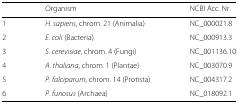
<table><thead><tr><td></td><td><b>Organism</b></td><td><b>NCBI Acc. Nr.</b></td></tr></thead><tbody><tr><td>1</td><td><i>H. sapiens</i>, chrom. 21 (Animalia)</td><td>NC_000021.8</td></tr><tr><td>2</td><td><i>E. coli</i> (Bacteria)</td><td>NC_000913.3</td></tr><tr><td>3</td><td><i>S. cerevisiae</i>, chrom. 4 (Fungi)</td><td>NC_001136.10</td></tr><tr><td>4</td><td><i>A. thaliana</i>, chrom. 1 (Plantae)</td><td>NC_003070.9</td></tr><tr><td>5</td><td><i>P. falciparum</i>, chrom. 14 (Protista)</td><td>NC_004317.2</td></tr><tr><td>6</td><td><i>P. furiosus</i> (Archaea)</td><td>NC_018092.1</td></tr></tbody></table>